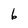
Character: 6